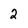
Character: 2